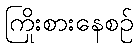
ကြိုးစားနေစဉ်